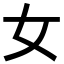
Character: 女